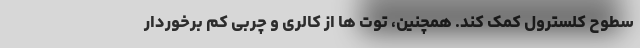
سطوح کلسترول کمک کند. همچنین، توت ها از کالری و چربی کم برخوردار